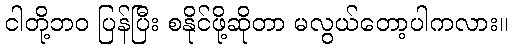
ငါတို့ဘဝ ပြန်ပြီး စနိုင်ဖို့ဆိုတာ မလွယ်တော့ပါကလား။